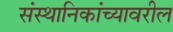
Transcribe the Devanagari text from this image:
संस्थानिकांच्यावरील